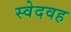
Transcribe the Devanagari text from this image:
स्वेदवह